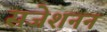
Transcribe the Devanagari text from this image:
सजेशनन